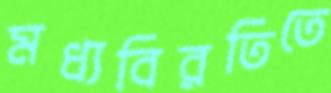
মধ্যবিরতিতে